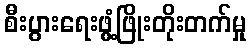
စီးပွားရေးဖွံ့ဖြိုးတိုးတက်မှု